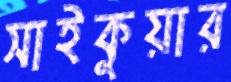
সাইকুয়ার